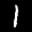
Label: 1